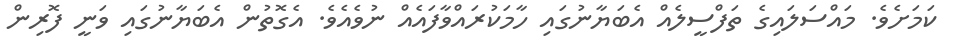
ކަމަށެވެ. މައްސަލައިގެ ތަފްސީލެއް އެބަޔާނުގައި ހާމަކުރައްވާފައެއް ނުވެއެވެ. އެގޮތުން އެބަޔާނުގައި ވަނީ ފޮރިން